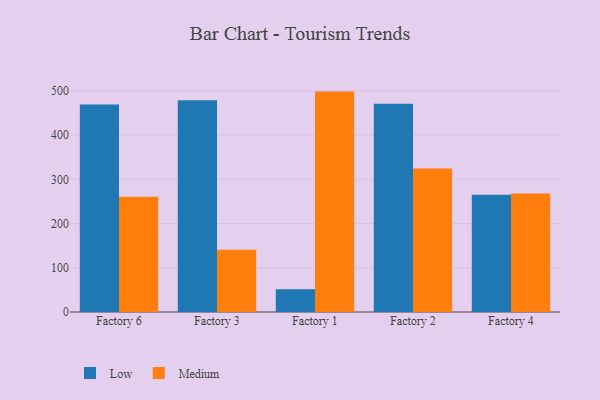
{"axis": {"x": "Factory", "y": "Headcount"}, "legend": ["Low", "Medium"], "data": [{"x": "Factory 6", "y": 469.2, "type": "Low"}, {"x": "Factory 6", "y": 260.4, "type": "Medium"}, {"x": "Factory 3", "y": 478.9, "type": "Low"}, {"x": "Factory 3", "y": 140.5, "type": "Medium"}, {"x": "Factory 1", "y": 51.5, "type": "Low"}, {"x": "Factory 1", "y": 498.4, "type": "Medium"}, {"x": "Factory 2", "y": 471.2, "type": "Low"}, {"x": "Factory 2", "y": 324.6, "type": "Medium"}, {"x": "Factory 4", "y": 265.1, "type": "Low"}, {"x": "Factory 4", "y": 267.8, "type": "Medium"}]}